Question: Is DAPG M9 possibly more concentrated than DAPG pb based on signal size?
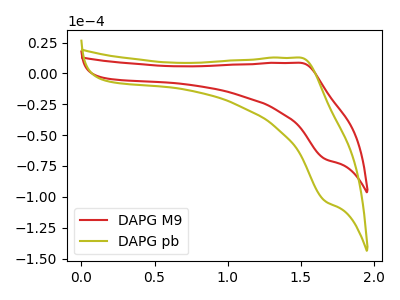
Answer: <think>The red curve "DAPG M9" has an anodic peak at (1.50V, 8.55uA) and a cathodic peak at (1.65V, -69.30uA). The olive curve "DAPG pb" has an anodic peak at (1.50V, 12.75uA) and a cathodic peak at (1.65V, -103.40uA).
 All the peaks in "DAPG M9" have a peak in "DAPG pb" at the same potential. Every peak in "DAPG M9" is lower than every peak in "DAPG pb".</think>
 <answer>"DAPG M9" has less signal than "DAPG pb".</answer>
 <eval>less_signal</eval>